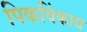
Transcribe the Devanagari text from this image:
पिकविंकाद्य